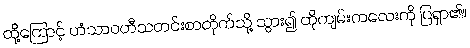
ထို့ကြောင့် ဟံသာဝတီသတင်းစာတိုက်သို့ သွား၍ ထိုကျမ်းကလေးကို ပြရှာ၏။